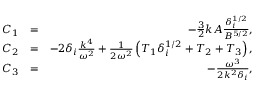
\begin{array} { r l r } { C _ { 1 } } & { = } & { - \frac { 3 } { 2 } k A \frac { \delta _ { i } ^ { 1 / 2 } } { B ^ { 5 / 2 } } , } \\ { C _ { 2 } } & { = } & { - 2 \delta _ { i } \frac { k ^ { 4 } } { \omega ^ { 2 } } + \frac { 1 } { 2 \omega ^ { 2 } } \left( T _ { 1 } \delta _ { i } ^ { 1 / 2 } + T _ { 2 } + T _ { 3 } \right) , } \\ { C _ { 3 } } & { = } & { - \frac { \omega ^ { 3 } } { 2 k ^ { 2 } \delta _ { i } } , } \end{array}